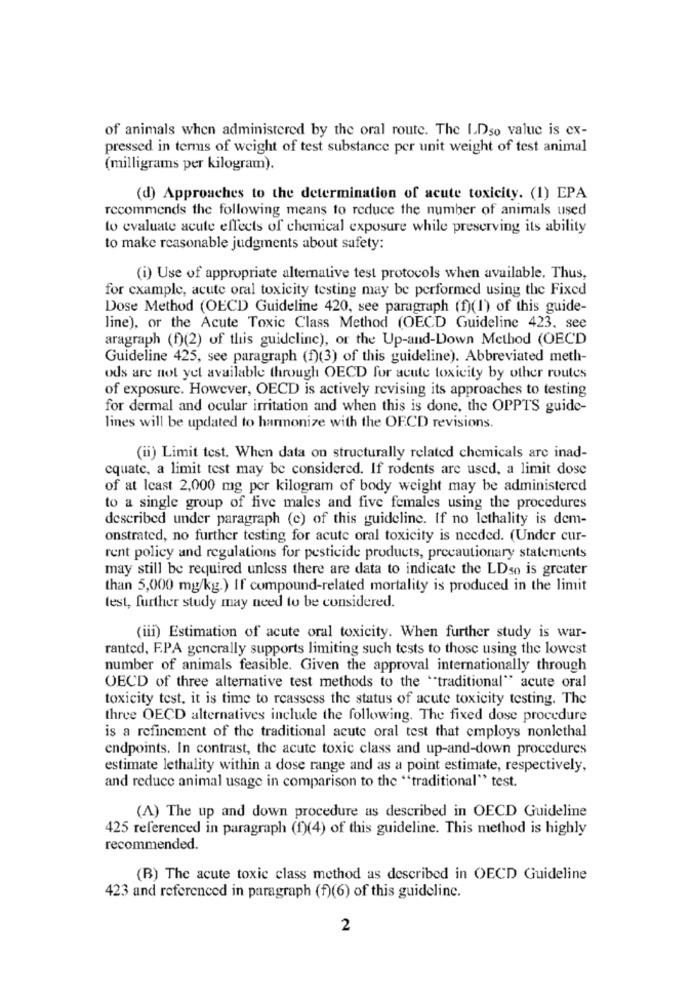
of animals when administered by the oral route. The ID50 value is ex-
pressed in terms of weight of test substance per unit weight of test animal
(milligrams per kilogram).
(d) Approaches to the determination of acute toxicity. (1) EPA
recommends the following means to reduce the number of animals used
to evaluate acute effects of chemical exposure while preserving its ability
to make reasonable judgments about safety:
(i) Use of appropriate alternative test protocols when available. Thus,
for example, acute oral toxicity testing may be performed using the Fixed
Dose Method (OECD Guideline 420, see paragraph (f)(1) of this guide-
line), or the Acute Toxic Class Method (OECD Guideline 423. see
aragraph (f)(2) of this guideline), or the Up-and-Down Method (OECD
Guideline 425, see paragraph (f)(3) of this guideline). Abbreviated meth-
ods are not yet available through OECD for acute toxicity by other routes
of exposure. However, OECD is actively revising its approaches to testing
for dermal and ocular irritation and when this is done, the OPPTS guide-
lines will be updated to harmonize with the OECD revisions.
(ii) Limit test. When data on structurally related chemicals are inad-
equate, a limit test may be considered. If rodents are used, a limit dose
of at Icast 2,000 mg per kilogram of body weight may be administered
to a single group of five males and five females using the procedures
described under paragraph (e) of this guideline. If no lethality is dem-
onstrated, no further testing for acute oral toxicity is needed. (Under cur-
rent policy and regulations for pesticide products, precautionary statements
may still be required unless there are data to indicate the LDso is greater
than 5,000 mg/kg.) If compound-related mortality is produced in the limit
test, further study may need to be considered.
(iii) Estimation of acute oral toxicity. When further study is war-
ranted, F.PA generally supports limiting such tests to those using the lowest
number of animals feasible. Given the approval internationally through
OECD of three alternative test methods to the ""traditional" acute oral
toxicity test, it is time to reassess the status of acute toxicity testing. The
three OECD alternatives include the following. The fixed dose procedure
is a refinement of the traditional acute oral test that employs nonlethal
endpoints. In contrast, the acute toxic class and up-and-down procedures
estimate lethality within a dose range and as a point estimate, respectively,
and reduce animal usage in comparison to the "traditional" test.
(A) The up and down procedure as described in OECD Guideline
425 referenced in paragraph (1)(4) of this guideline. This method is highly
recommended.
(B) The acute toxic class method as described in OECD Guideline
423 and referenced in paragraph (f)(6) of this guideline.
2